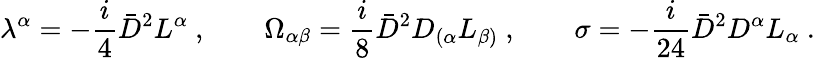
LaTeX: \lambda^{\alpha}=-\frac{i}{4}{\bar{D}}^{2}L^{\alpha}\ ,\qquad\Omega_{\alpha\beta}=\frac{i}{8}{\bar{D}}^{2}D_{(\alpha}L_{\beta)}\ ,\qquad\sigma=-\frac{i}{24}{\bar{D}}^{2}D^{\alpha}L_{\alpha}\ .